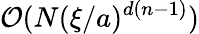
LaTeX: \mathcal{O}(N(\xi/a)^{d(n-1)})